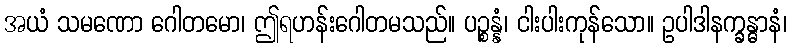
အယံ သမဏော ဂေါတမော၊ ဤရဟန်းဂေါတမသည်။ ပဉ္စန္နံ၊ ငါးပါးကုန်သော။ ဥပါဒါနက္ခန္ဓာနံ၊